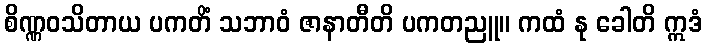
စိဏ္ဏဝသိတာယ ပကတိံ သဘာဝံ ဇာနာတီတိ ပကတညူ။ ကထံ နု ခေါတိ ဣဒံ